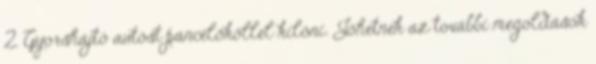
2. Gyorshajtó autóst páncélököllel kilőni. Jöhetnek az további megoldások